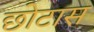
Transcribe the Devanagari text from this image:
छोटास